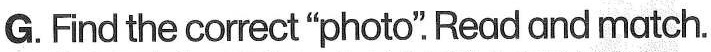
G. Find the correct "photo" .Read and match.